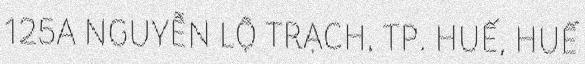
125A NGUYỄN LỘ TRẠCH, TP. HUẾ, HUẾ